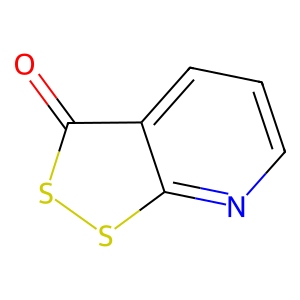
SMILES: O=c1ssc2ncccc12
Inhibits HIV replication: No